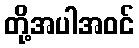
တို့အပါအဝင်